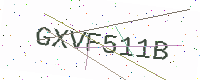
Text: GXVF511B